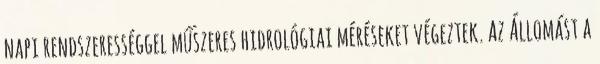
napi rendszerességgel műszeres hidrológiai méréseket végeztek. Az Állomást a